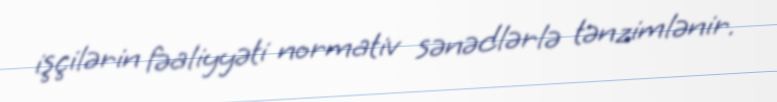
işçilərin fəaliyyəti normativ sənədlərlə tənzimlənir.